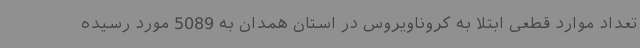
تعداد موارد قطعی ابتلا به کروناویروس در استان همدان به 5089 مورد رسیده